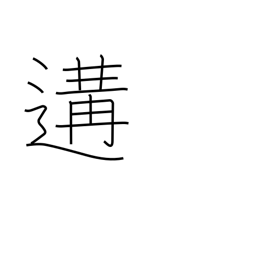
Meaning: meet